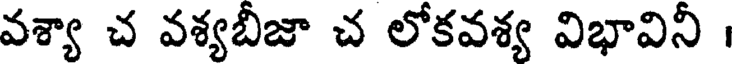
వశ్యా చ వశ్యబీజా చ లోకవశ్య విభావినీ ।